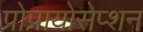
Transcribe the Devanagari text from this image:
प्रोप्रायोसेप्शन